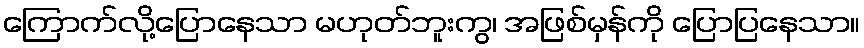
ကြောက်လို့ပြောနေသာ မဟုတ်ဘူးကွ၊ အဖြစ်မှန်ကို ပြောပြနေသာ။